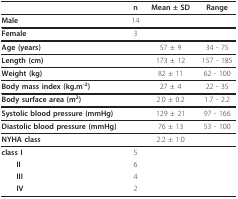
<table><thead><tr><td></td><td><b>n</b></td><td><b>Mean ± SD</b></td><td><b>Range</b></td></tr></thead><tbody><tr><td><b>Male</b></td><td>14</td><td></td><td></td></tr><tr><td><b>Female</b></td><td>3</td><td></td><td></td></tr><tr><td><b>Age (years)</b></td><td></td><td>57 ± 9</td><td>34 - 75</td></tr><tr><td><b>Length (cm)</b></td><td></td><td>173 ± 12</td><td>157 - 185</td></tr><tr><td><b>Weight (kg)</b></td><td></td><td>82 ± 11</td><td>62 - 100</td></tr><tr><td><b>Body mass index (kg.m<sup>-2</sup>)</b></td><td></td><td>27 ± 4</td><td>22 - 35</td></tr><tr><td><b>Body surface area (m<sup>2</sup>)</b></td><td></td><td>2.0 ± 0.2</td><td>1.7 - 2.2</td></tr><tr><td><b>Systolic blood pressure (mmHg)</b></td><td></td><td>129 ± 21</td><td>97 - 166</td></tr><tr><td><b>Diastolic blood pressure (mmHg)</b></td><td></td><td>76 ± 13</td><td>53 - 100</td></tr><tr><td><b>NYHA class</b></td><td></td><td>2.2 ± 1.0</td><td></td></tr><tr><td><b>class I</b></td><td>5</td><td></td><td></td></tr><tr><td> <b>II</b></td><td>6</td><td></td><td></td></tr><tr><td> <b>III</b></td><td>4</td><td></td><td></td></tr><tr><td> <b>IV</b></td><td>2</td><td></td><td></td></tr></tbody></table>